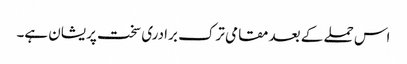
اس حملے کے بعد مقامی ترک برادری سخت پریشان ہے۔